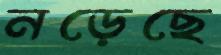
নড়েছে